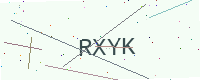
Text: RXYK